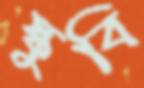
স্কুবি